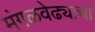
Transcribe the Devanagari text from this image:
मंगळवेढ्याचा